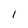
Character: 1